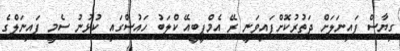
ގިޔާސް ފައިނަލަށް ދަތުރުކޮށްފައިވަނީ ރޭ އެމްޕީބީއޭ ކްލަބު ހައުސްގައި ކުޅުނު ސެމީ ފައިނަލްގެ